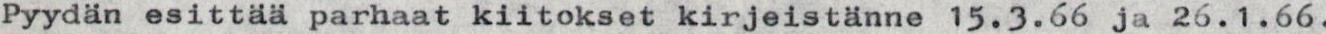
Pyydän esittää parhaat kiitokset kirjeistänne 15.3.66 ja 26.1.66